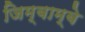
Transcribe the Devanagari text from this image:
जिम्बाम्बे